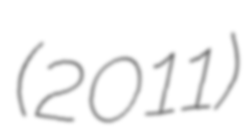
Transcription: (2011)